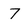
Character: 7